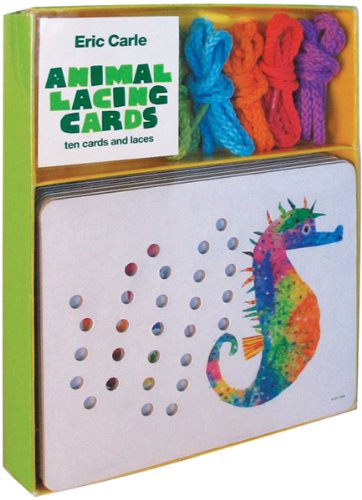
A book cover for The World of Eric Carle(TM) Animal Lacing Cards; Chronicle Books; Crafts, Hobbies & Home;